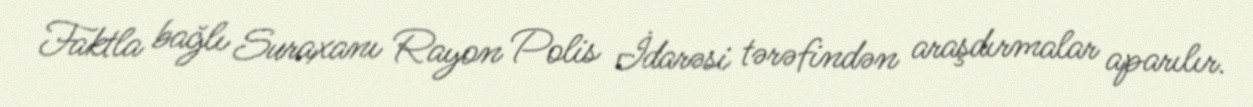
Faktla bağlı Suraxanı Rayon Polis İdarəsi tərəfindən araşdırmalar aparılır.